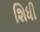
શિધી